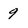
Character: 9